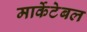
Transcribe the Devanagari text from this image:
मार्केटेबल